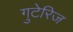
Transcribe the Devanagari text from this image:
गुटेरिज